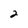
Character: 2